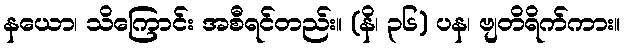
နယော၊ သိကြောင်း အစီရင်တည်း။ (နိ၊ ၃၆) ပန၊ ဗျတိရိက်ကား။